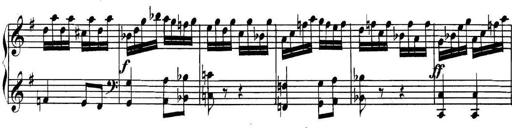
Title: Collected Piano Sonatas
Composer: Muzio Clementi